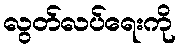
လွတ်လပ်ရေးကို